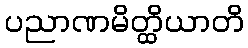
ပညာဏမိတ္ထိယာတိ